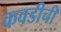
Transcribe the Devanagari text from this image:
कवडीची